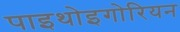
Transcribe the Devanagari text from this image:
पाइथोइगोरियन